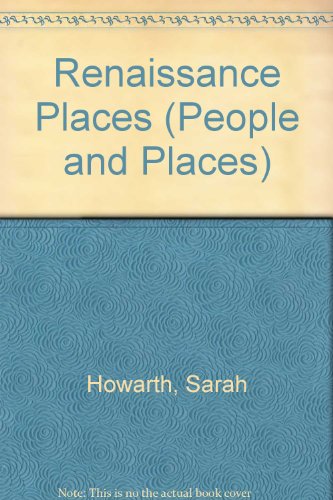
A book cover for Renaissance Places (People and Places); Sarah Howarth; Children's Books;